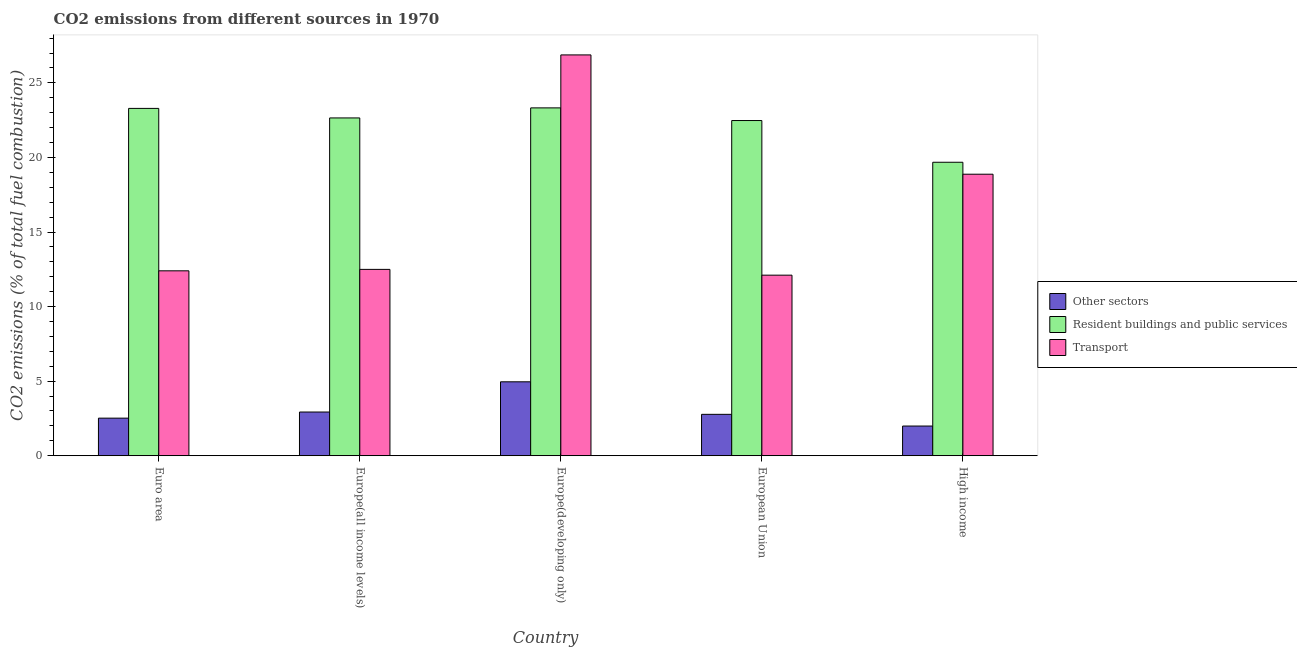
| Country | Other sectors | Resident buildings and public services | Transport |
 | --- | --- | --- | --- |
 | Euro area | 2.52 | 23.3 | 12.4 |
 | Europe(all income levels) | 2.93 | 22.6 | 12.5 |
 | Europe(developing only) | 4.96 | 23.3 | 26.9 |
 | European Union | 2.78 | 22.5 | 12.1 |
 | High income | 1.99 | 19.7 | 18.9 |